Lunatic asylums Bombay report 1891-1903 - 1891-1903
Year: 1891
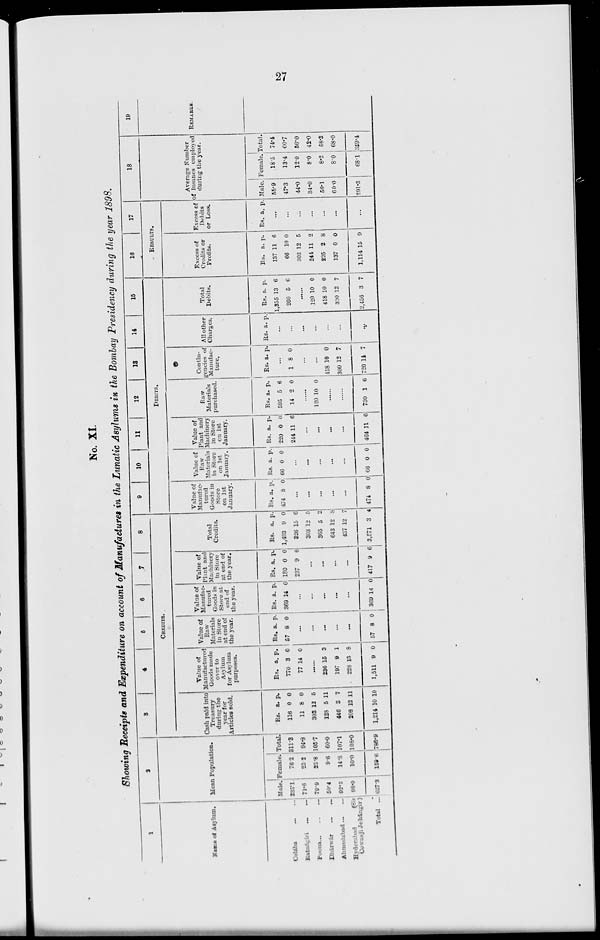
27
No. XI.
Showing Receipts and Expenditure on account of Manufactures in the Lunatic Asylums in the Bombay Presidency during the year 1898.
1
Name of Asylum.
Colába
...
...
Ratnágiri ... ...
Poona
...
...
...
Dháwár ... ...
Ahmedabad ... ...
Hyderabad
(Sir
Cowasji Jehangir)
Total ...
2
Mean Population.
Male.
235.1
71.6
79.9
50.4
92.3
98.0
627.3
Female.
76.2
23.2
25.8
9.6
14.8
10.0
159.6
Total.
311.3
94.3
105.7
60.0
107.1
108.0
786.9
3
4
5
6
7
8
CREDITS.
Cash paid into
Treasury
during the
year for
Articles sold.
Rs.
116
11
303
128
446
208
1,214
a.
0
8
12
5
3
12
10
p.
0
0
5
11
7
11
10
Value of
Manufactured
Goods made
over to
Asylum
for Asylum
purposes.
Rs.
770
77
a.
3
14
p.
0
0
......
236
197
228
1,511
15
9
15
9
3
1
8
0
Value of
Raw-
Materials
in Store
at end of
the year.
Rs.
57
a
8
p.
0
...
...
...
...
...
57 8 0
Value of
Manufac-
tured
Goods in
Store at
end of
the year.
Rs.
369
a.
14
p.
0
...
...
...
...
...
369 14 0
Value of
Plant and
Machinery
in Store
at end of
the year.
Rs.
130
237
a.
0
9
p.
0
6
...
...
...
...
417 9 6
Total
Credits.
Rs.
1,493
326
303
365
643
437
3,571
a.
9
15
12
5
12
12
3
p.
0
6
5
2
8
7
4
9
10
11
12
13
14
15
DEBITS.
Value of
Manufac-
tured
Goods in
Store
on 1st
January.
Rs.
474
a.
8
p.
0
...
...
...
...
...
474 8 0
Value of
Raw-
Materials
in Store
on 1st
January.
Rs.
66
a.
0
p.
0
...
...
...
...
...
66 0 0
Value of
Plant and
Machinery
in Store
on 1st
January.
Rs.
220
244
a.
0
11
p.
0
6
...
...
...
...
464 11 6
Raw
Materials
purchased.
Rs.
595
14
a.
5
2
p.
6
0
......
120 10 0
......
......
730 1 6
Contin-
gencies of
Manufac-
ture.
Rs. a. p.
...
1 8 0
...
...
118
300
720
10
12
14
0
7
7
All other
Charges.
Rs. a. p.
...
...
...
...
...
...
...
Total
Debits.
Rs
1,355
260
a.
13
5
p.
6
6
......
120
418
300
2,456
10
10
12
3
0
0
7
7
16
17
RESULTS.
Excess of
Credits or
Profits.
Rs.
137
66
303
244
225
137
1,114
a.
11
10
12
11
2
0
15
p.
6
0
5
2
8
0
9
Excess of
Debits
or Loss.
Rs. a. p.
...
...
...
...
...
...
...
18
Average Number
of Insanes employed
during the year.
Male.
55.9
47.3
44.0
34.0
50.1
60.0
291.3
Female.
18.5
13.4
12.0
8.0
8.2
8.0
68.1
Total.
74.4
60.7
56.0
42.0
58.3
68.0
359.4
19
REMARKS.